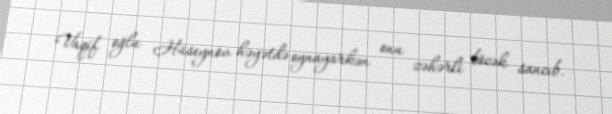
Vaqif oğlu Hüseynov həyətdə oynayarkən onu zəhərli böcək sancıb.